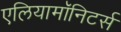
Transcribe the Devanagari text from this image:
एलियामॉनिटर्स